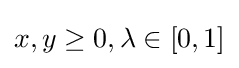
{\textstyle x,y\geq 0,\lambda \in [0,1]}